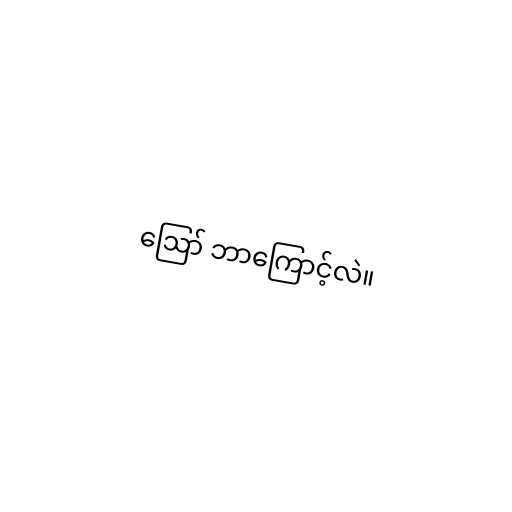
ဪ ဘာကြောင့်လဲ။